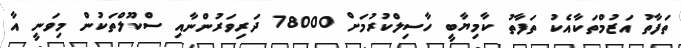
ތަފާތު އަޒުމްތަކާއެކު ތަފާތު ކާމިޔާބީ ހާސިލްކުރުމަށް 78000 ދަރިވަރުންނާއި ސްކޫލްތަކުން މިވަނީ އާ